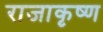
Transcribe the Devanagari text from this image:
राजाकृष्ण